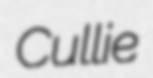
Cullie